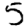
Digit: 5